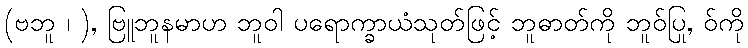
(ဗဘူ ၊ ), ဗြူဘူနမာဟ ဘူဝါ ပရောက္ခာယံသုတ်ဖြင့် ဘူဓာတ်ကို ဘူဝ်ပြု, ဝ်ကို